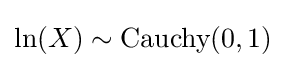
\ln(X)\sim {\textrm {Cauchy}}(0,1)